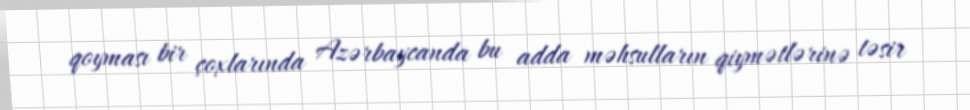
qoyması bir çoxlarında Azərbaycanda bu adda məhsulların qiymətlərinə təsir